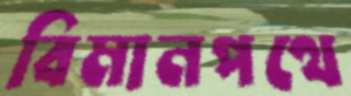
বিমানপথে